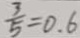
\frac { 3 } { 5 } = 0 . 6